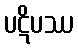
ပဋိပဿ